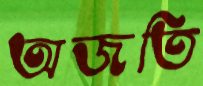
অজতি